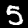
Label: 5